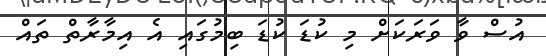
އުސް ވާ ވަރަކަށް މި ކުޑަ ކުޑަ ބިމުގައި އެ އިމާރާތް ތައް